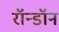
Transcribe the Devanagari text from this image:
रॉन्डॉन